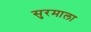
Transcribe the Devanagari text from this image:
सुरमाला